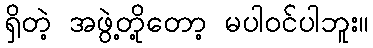
ရှိတဲ့ အဖွဲ့တို့တော့ မပါဝင်ပါဘူး။